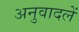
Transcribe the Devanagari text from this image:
अनुवादलें